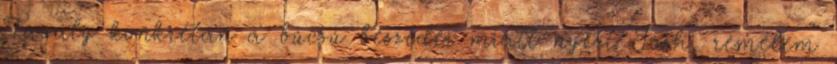
Tavaly konkrétan a búcsú beszédei miatt nyert Josh, remélem